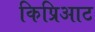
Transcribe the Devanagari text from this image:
किप्रिआट